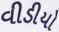
વીડીયો